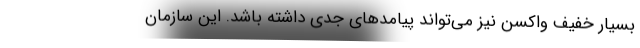
بسیار خفیف واکسن نیز می‌تواند پیامدهای جدی داشته باشد. این سازمان